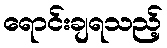
ရောင်းချရသည့်